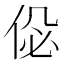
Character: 𠉘